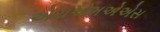
એચએમએએસ